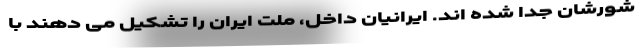
شورشان جدا شده اند. ایرانیان داخل، ملت ایران را تشکیل می دهند با